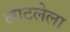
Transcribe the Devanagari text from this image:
लोटलेला